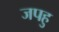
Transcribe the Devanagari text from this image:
जपहु